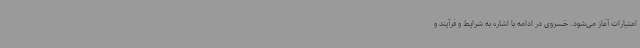
اعتبارات آغاز می‌شود. خسروی در ادامه با اشاره به شرایط و فرآیند و